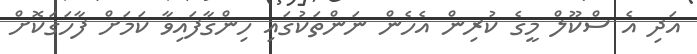
އަދި އެ ސްކޫލް މީގެ ކުރިން އެހެން ނަންތަކުގައި ހިންގާފައިވާ ކަމަށް ފާހަގަކޮށް